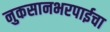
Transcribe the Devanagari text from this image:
नुकसानभरपाईचा